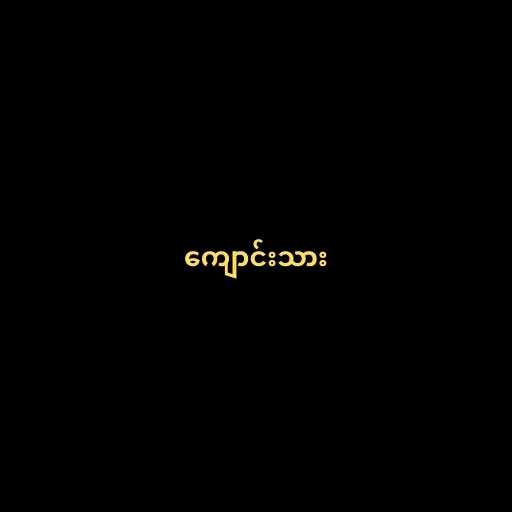
ကျောင်းသား